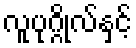
လူပုဂ္ဂိုလ်နှင့်